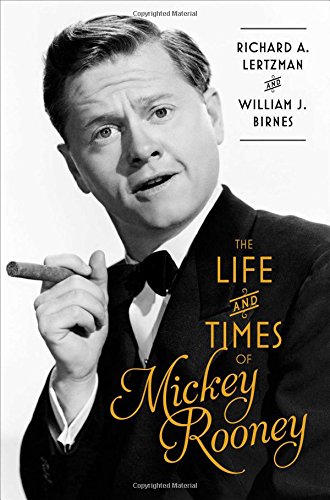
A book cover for The Life and Times of Mickey Rooney; Richard A. Lertzman; Humor & Entertainment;